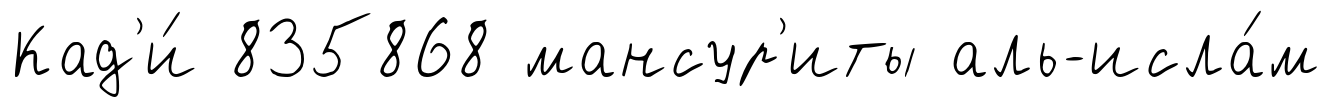
Кад'и́ 835868 мансур'иты аль-исла́м